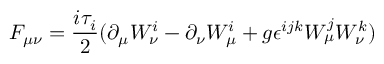
F _ { \mu \nu } = \frac { i \tau _ { i } } { 2 } ( \partial _ { \mu } W _ { \nu } ^ { i } - \partial _ { \nu } W _ { \mu } ^ { i } + g \epsilon ^ { i j k } W _ { \mu } ^ { j } W _ { \nu } ^ { k } )